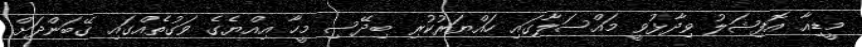
މީޑިއާ އޮފިޝަލު ވިދާޅުވީ މައްސަލާގައި ހައްޔަރުކުރި ބިދޭސި މީހާ އިއްޔެގެ ވަގުތެއްގައި ގޭބަންދަށް